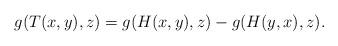
LaTeX: \begin{align*}g(T(x,y),z)=g(H(x,y),z)-g(H(y,x),z).\end{align*}